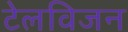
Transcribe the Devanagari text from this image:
टेलविजन